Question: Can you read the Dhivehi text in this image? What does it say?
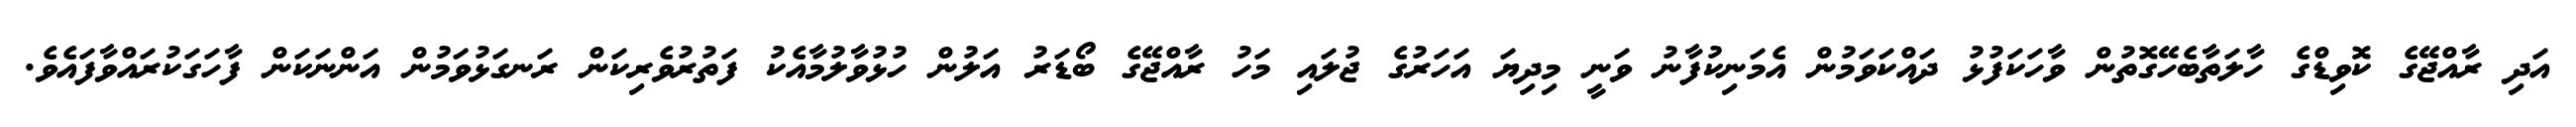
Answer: އަދި ރާއްޖޭގެ ކޮވިޑްގެ ހާލަތާބެހޭގޮތުން ވާހަކަފުޅު ދައްކަވަމުން އެމަނިކުފާނު ވަނީ މިދިޔަ އަހަރުގެ ޖުލައި މަހު ރާއްޖޭގެ ބޯޑަރު އަލުން ހުޅުވާލުމާއެކު ފަތުރުވެރިކަން ރަނގަޅުވަމުން އަންނަކަން ފާހަގަކުރައްވާފައެވެ.